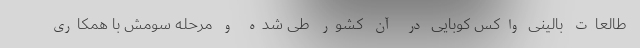
طالعات بالینی واکس کوبایی در آن کشور طی شده و مرحله سومش با همکاری